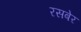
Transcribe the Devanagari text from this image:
रसबेर